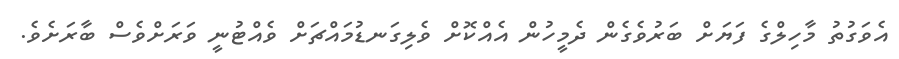
އެވަގުތު މާހިލްގެ ފަޔަށް ބަރުވެގެން ދެމީހުން އެއްކޮށް ވެލިގަނޑުމައްޗަށް ވެއްޓުނީ ވަރަށްވެސް ބާރަށެވެ.